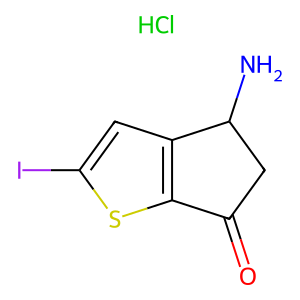
SMILES: Cl.NC1CC(=O)c2sc(I)cc21
Inhibits HIV replication: No